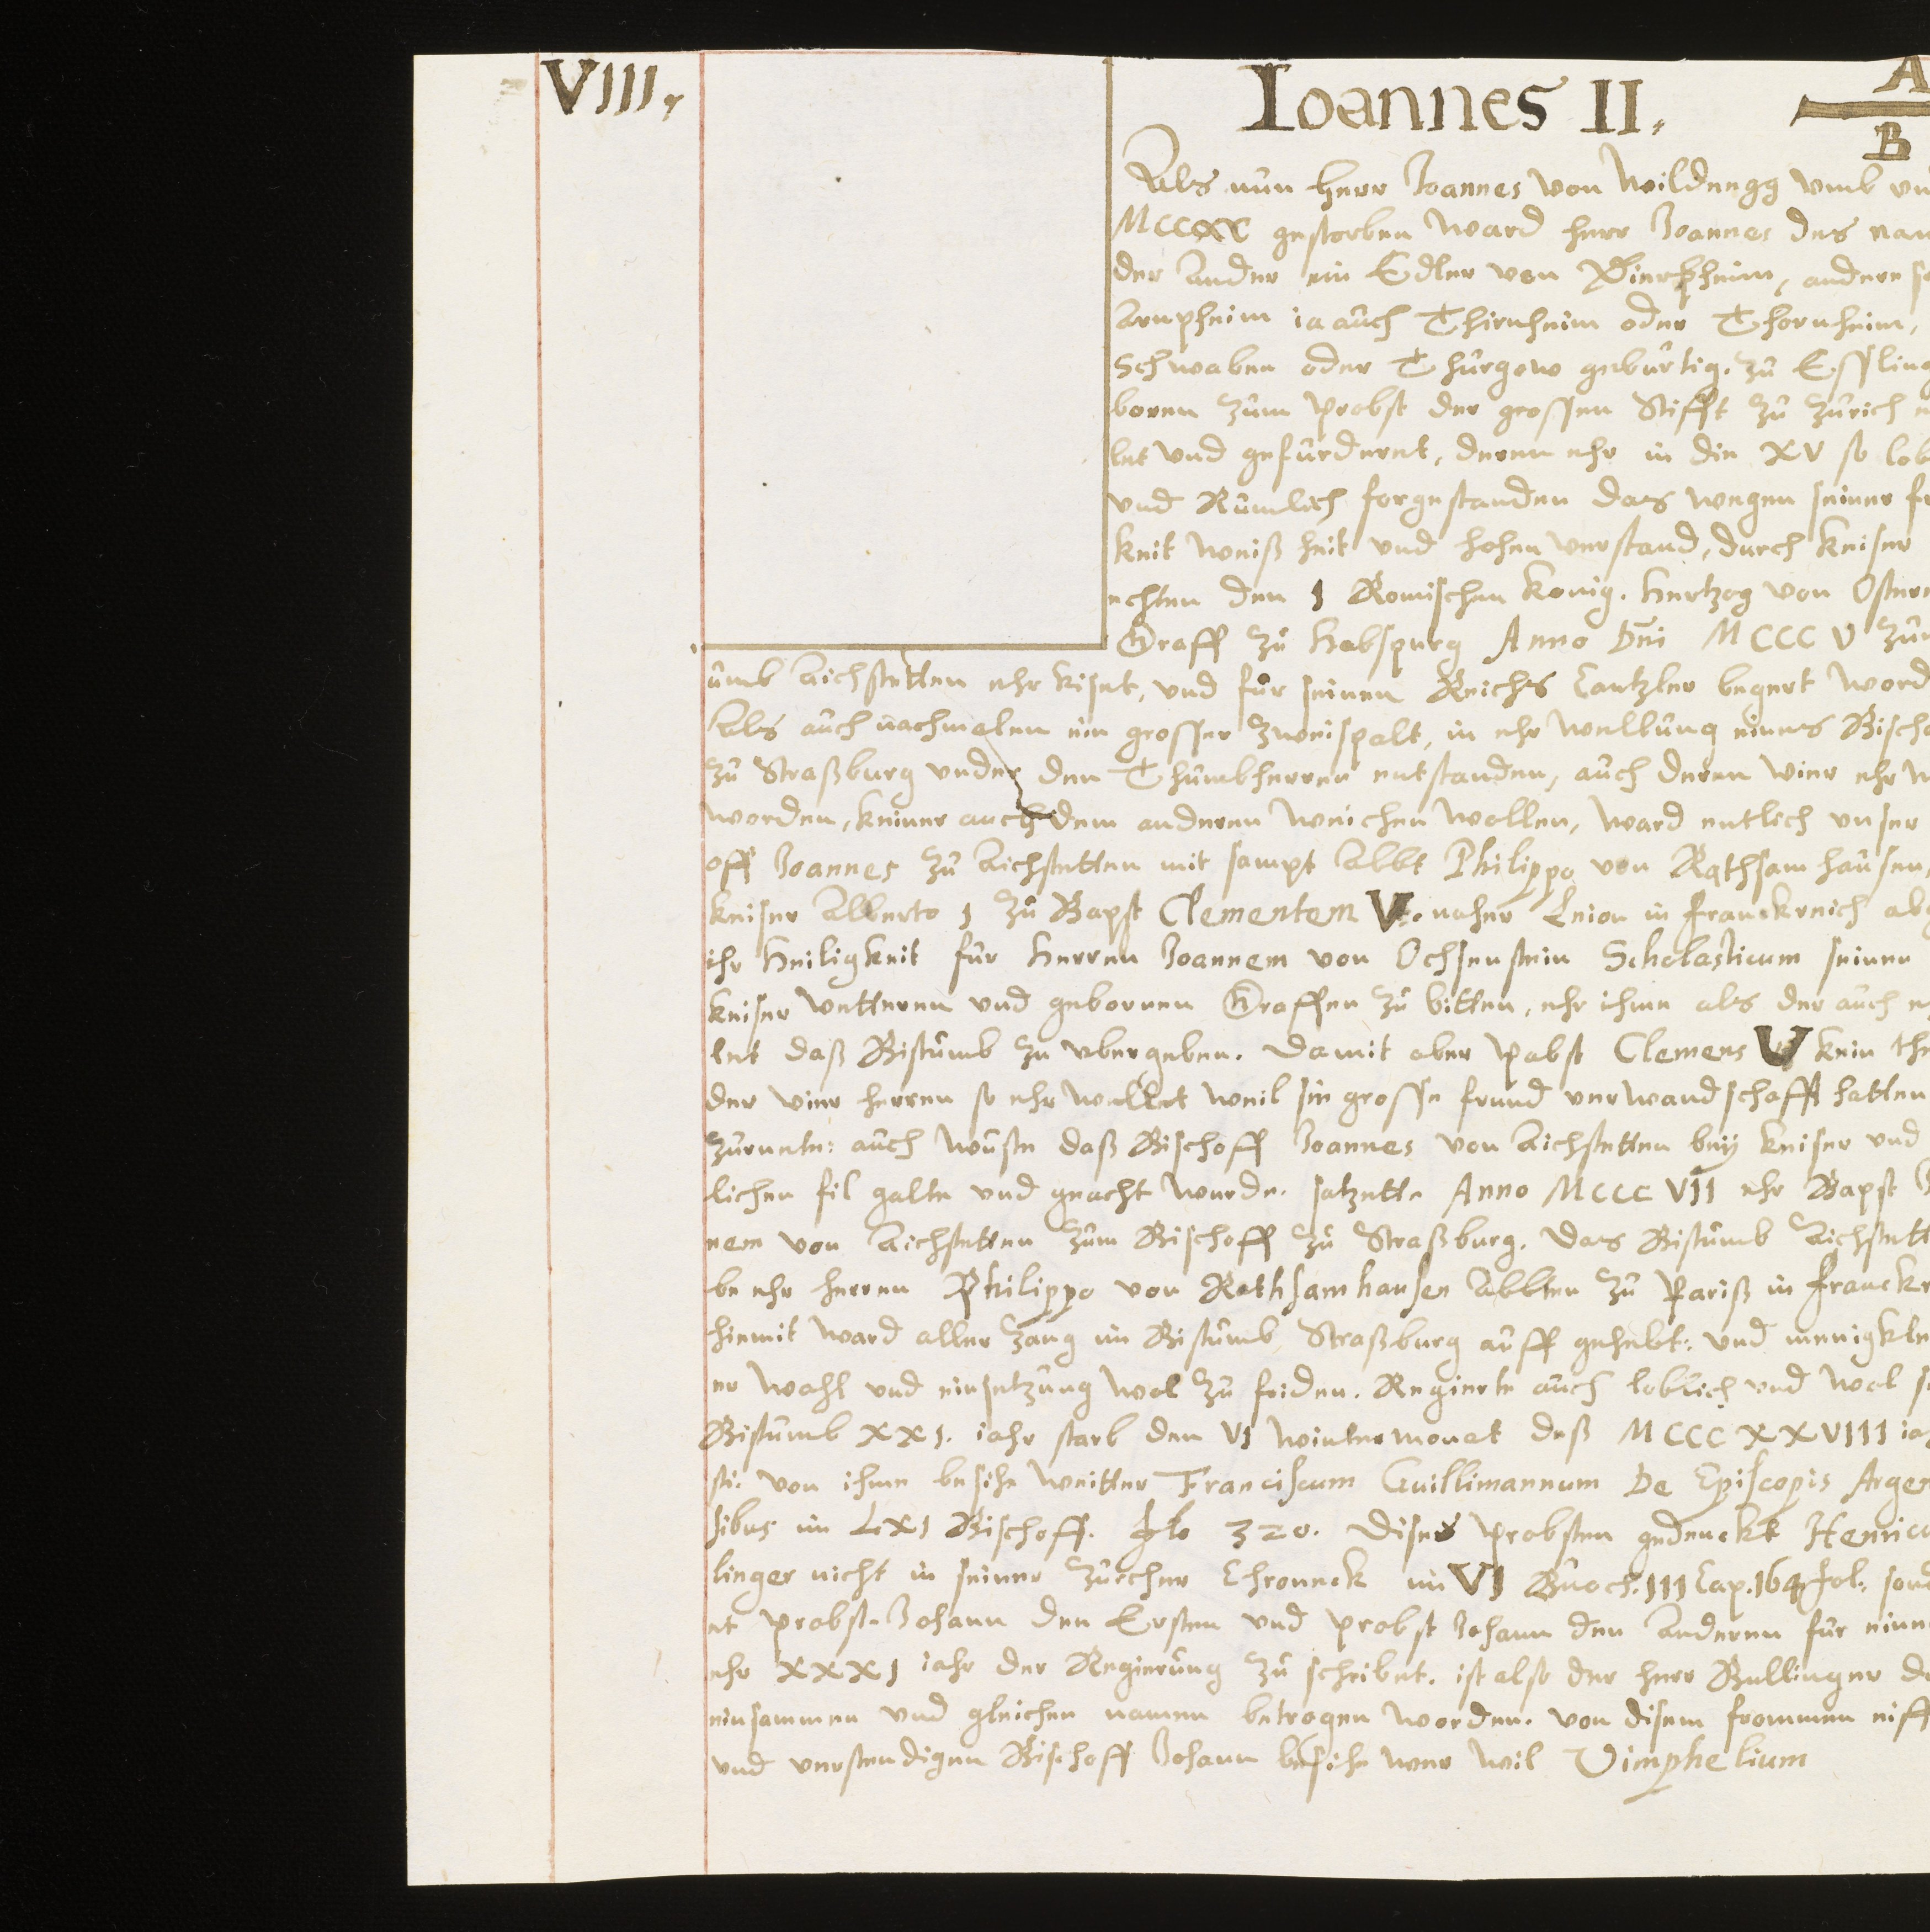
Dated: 1614–1638